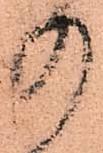
の